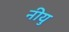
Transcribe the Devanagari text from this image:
नीयु